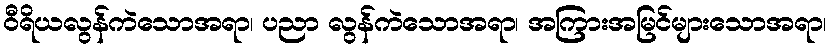
ဝီရိယလွန်ကဲသောအရာ၊ ပညာ လွန်ကဲသောအရာ၊ အကြားအမြင်များသောအရာ၊